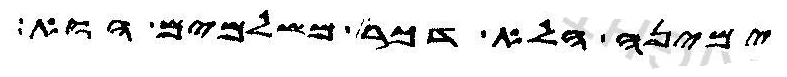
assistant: ימינה הלא דכר משלמים הוא